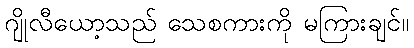
ဂျိုလီယော့သည် သေစကားကို မကြားချင်။